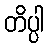
တိပ္ပါ